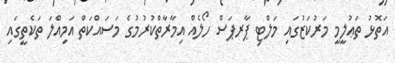
އަތޮޅު ތަޢުލީމީ މަރުކަޒުގައި މަލްޓި ޕާރޕަސް ހޯލެއް އިމާރާތްކުރުމުގެ މަސައްކަތް އަމިއްލަ ތަކެތީގައި